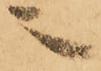
之